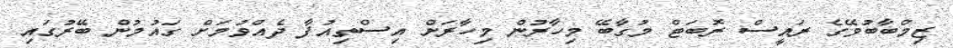
ޒިމްބާބުވޭގެ ރައީސް ރޮބަޓް މުގާބޭ މިހާރުން މިހާރަށް އިސްތިއުފާ ދެއްވުމަށް ގައުމުން ބޭރުގައި